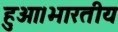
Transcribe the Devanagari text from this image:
हुआ।भारतीय